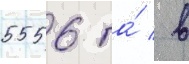
5556 га́ / в